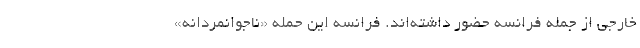
خارجی از جمله فرانسه حضور داشته‌اند. فرانسه این حمله «ناجوانمردانه»